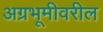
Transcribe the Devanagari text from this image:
अग्रभूमीवरील